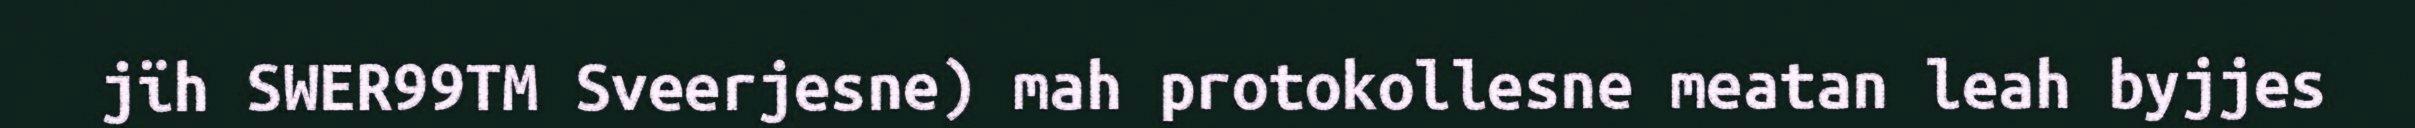
jïh SWER99TM Sveerjesne) mah protokollesne meatan leah byjjes